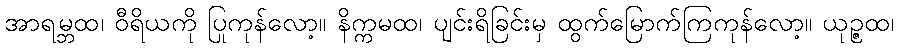
အာရမ္ဘထ၊ ဝီရိယကို ပြုကုန်လော့။ နိက္ကမထ၊ ပျင်းရိခြင်းမှ ထွက်မြောက်ကြကုန်လော့။ ယုဉ္ဇထ၊